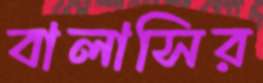
বালাসির